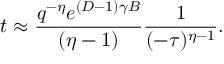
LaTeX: t \approx \frac { q ^ { - \eta } e ^ { ( D - 1 ) \gamma B } } { ( \eta - 1 ) } \frac { 1 } { ( - \tau ) ^ { \eta - 1 } } .